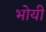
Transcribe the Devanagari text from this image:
भोयी